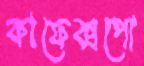
কাফেক্সপো